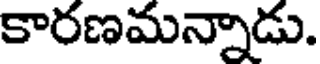
కారణమన్నాడు.